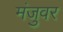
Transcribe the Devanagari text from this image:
मंजुवर